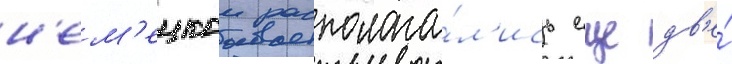
н'ем'ецкои располага́л'ись еще дв'е́